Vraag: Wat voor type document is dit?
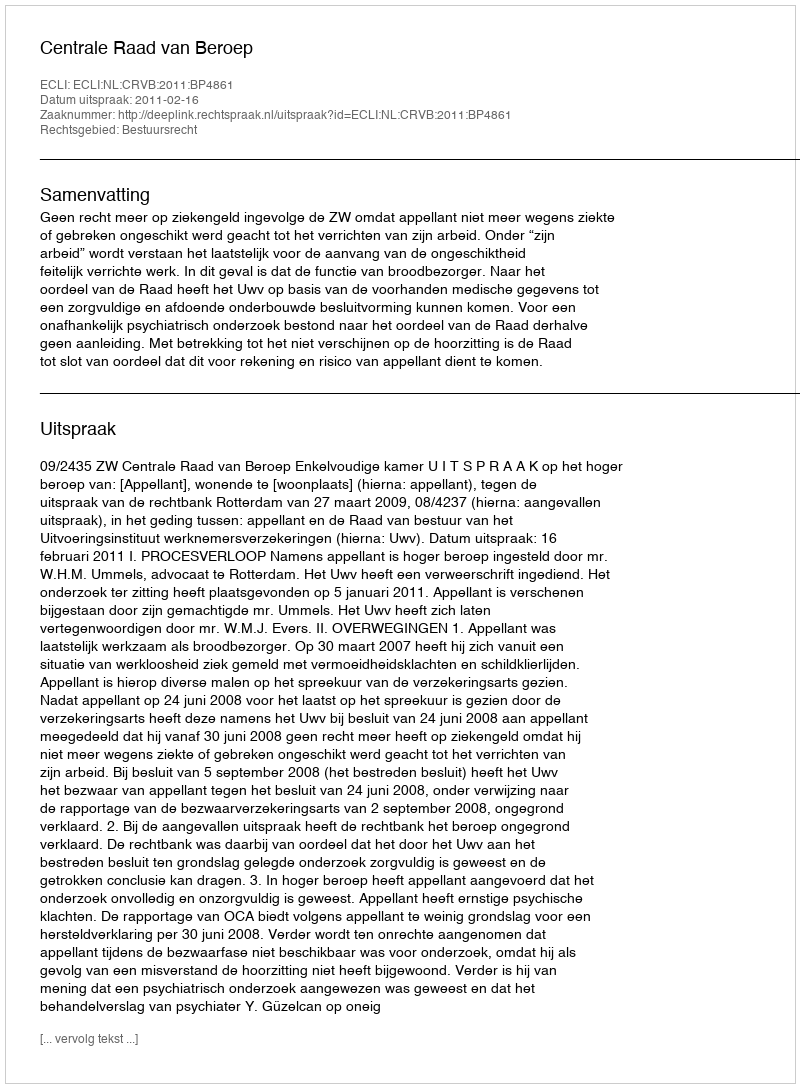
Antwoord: Uitspraak